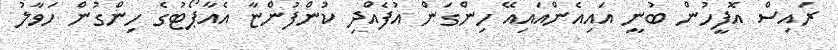
ރައިސް އޮފީހުން ބުނީ އައިއެންއައިއޭ ހިންގަން އުފެއްދި ކުންފުންޏާ އެއާޕޯޓުގެ ހިންގުން ހަވާލު